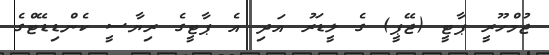
ޖުމްހޫރީ ޕާޓީ (ޖޭޕީ) ގެ ލީޑަރު އަދި އެ ޕާޓީގެ ރިޔާސީ ކެންޑިޑޭޓްގެ